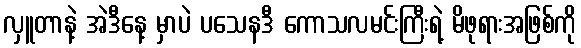
လှူတာနဲ့ အဲဒီနေ့ မှာပဲ ပသေနဒီ ကောသလမင်းကြီးရဲ့ မိဖုရားအဖြစ်ကို